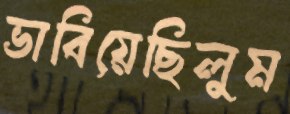
ভাবিয়েছিলুম